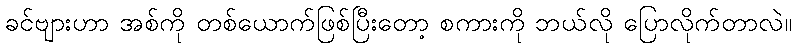
ခင်ဗျားဟာ အစ်ကို တစ်ယောက်ဖြစ်ပြီးတော့ စကားကို ဘယ်လို ပြောလိုက်တာလဲ။